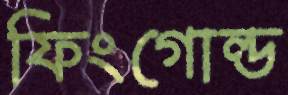
ফিংগোল্ড